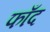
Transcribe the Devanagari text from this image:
फाँद